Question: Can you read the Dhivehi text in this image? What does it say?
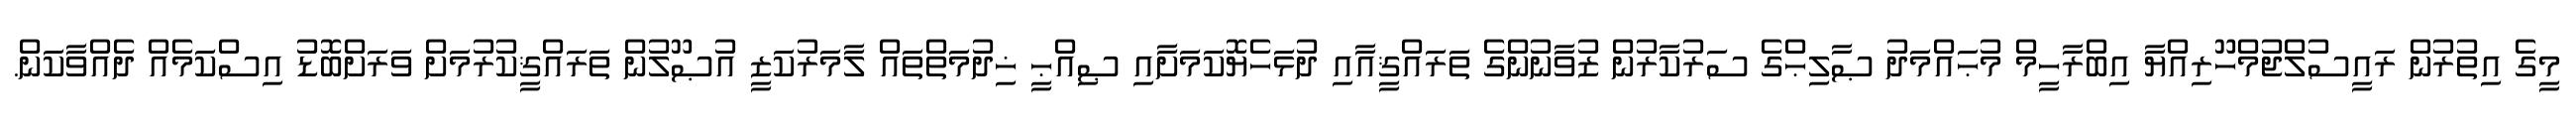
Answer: މީގެ އިތުރުން ރައީސުލްޖުމްހޫރިއްޔާ އިބްރާހީމް މުޙައްމަދު ޞާލިޙްގެ ސަރުކާރުން ޒުވާނުންގެ ތަރައްޤީއާއި ދުޅަހެޔޮކަމަށާއި ޞިއްޙީ ޚިދުމަތްތައް ލާމަރުކަޒީ އުޞޫލުން ތަރައްޤީކުރުމަށް ވަރަށްބޮޑު އިސްކަމެއް ދެއްވާކަން.